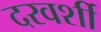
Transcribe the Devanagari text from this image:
दरवर्शी